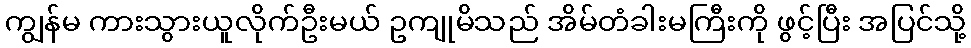
ကျွန်မ ကားသွားယူလိုက်ဦးမယ် ဥကျုမိသည် အိမ်တံခါးမကြီးကို ဖွင့်ပြီး အပြင်သို့